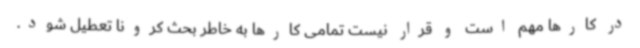
در کارها مهم است و قرار نیست تمامی کارها به خاطر بحث کرونا تعطیل شود.